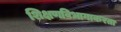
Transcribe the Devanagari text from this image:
शिक्षणविभागाकरता